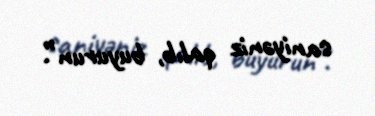
saniyəniz qalıb, buyurun”.